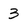
Character: 3